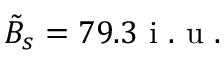
\tilde { B } _ { s } = 7 9 . 3 \mathrm { ~ i ~ . ~ u ~ . ~ }